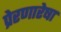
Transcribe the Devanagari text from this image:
प्रेरणारेषा